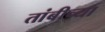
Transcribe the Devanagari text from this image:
तांबीच्या